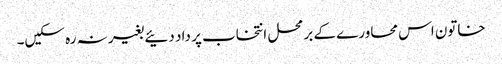
خاتون اس محاورے کے برمحل انتخاب پر داد دئیے بغیر نہ رہ سکیں۔